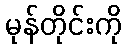
မုန်တိုင်းကို